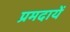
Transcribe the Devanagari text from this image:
प्रमदायें